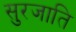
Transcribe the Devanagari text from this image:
सुरजाति